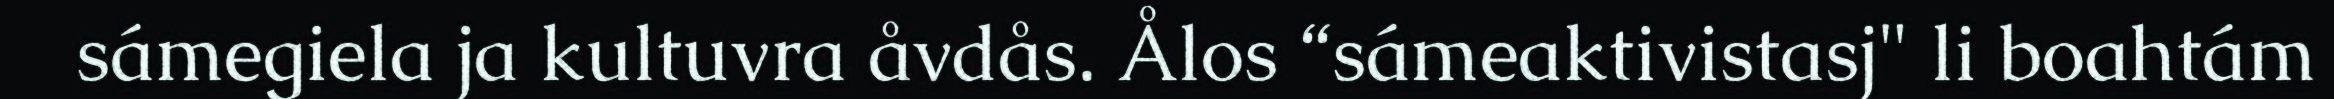
sámegiela ja kultuvra åvdås. Ålos “sámeaktivistasj" li boahtám